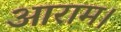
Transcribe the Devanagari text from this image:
आराम।